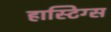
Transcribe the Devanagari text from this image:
हास्टिग्स